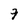
Character: 7